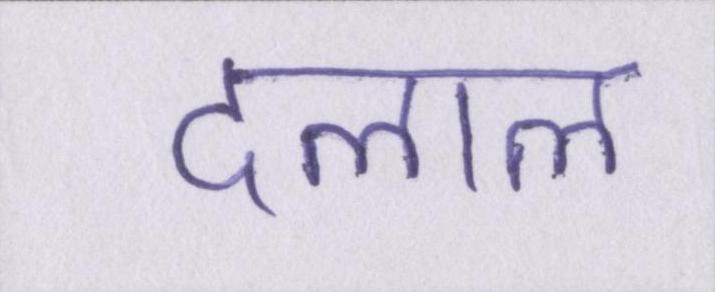
दलाल